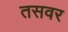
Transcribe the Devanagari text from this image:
तसवर